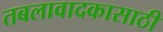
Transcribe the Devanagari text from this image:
तबलावादकासाठी